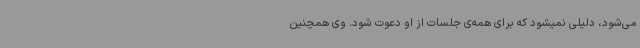
می‌شود، دلیلی نمیشود که برای همه‌ی جلسات از او دعوت شود. وی همچنین